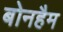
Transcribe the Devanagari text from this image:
बोनहैम